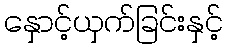
နှောင့်ယှက်ခြင်းနှင့်